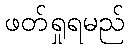
ဖတ်ရှုရမည်